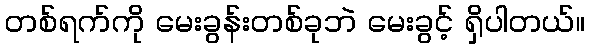
တစ်ရက်ကို မေးခွန်းတစ်ခုဘဲ မေးခွင့် ရှိပါတယ်။